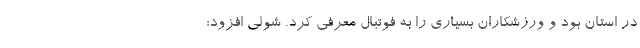
در استان بود و ورزشکاران بسیاری را به فوتبال معرفی کرد. شولی افزود: